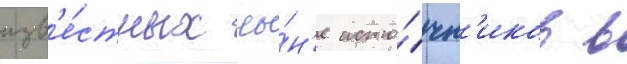
изв'е́стных ны́н'е исто́чн'иков в